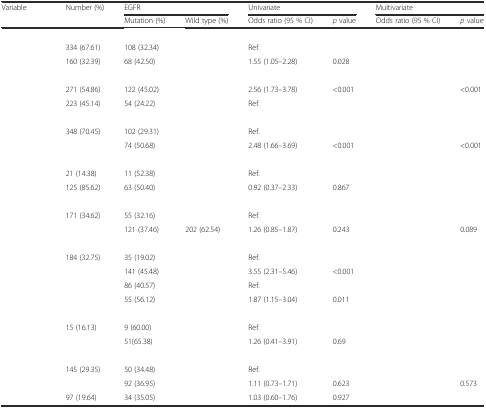
<table><thead><tr><td rowspan="2"><b>Variable</b></td><td rowspan="2"><b>Number (%)</b></td><td colspan="2"><b>EGFR</b></td><td colspan="2"><b>Univariate</b></td><td colspan="2"><b>Multivariate</b></td></tr><tr><td><b>Mutation (%)</b></td><td><b>Wild type (%)</b></td><td><b>Odds ratio (95 % CI)</b></td><td><b><i>p</i> value</b></td><td><b>Odds ratio (95 % CI)</b></td><td><b><i>p</i> value</b></td></tr></thead><tbody><tr><td colspan="8">[EMPTY_CELL]</td></tr><tr><td>[EMPTY_CELL]</td><td>334 (67.61)</td><td>108 (32.34)</td><td>[EMPTY_CELL]</td><td>Ref.</td><td>[EMPTY_CELL]</td><td>[EMPTY_CELL]</td><td>[EMPTY_CELL]</td></tr><tr><td>[EMPTY_CELL]</td><td>160 (32.39)</td><td>68 (42.50)</td><td>[EMPTY_CELL]</td><td>1.55 (1.05–2.28)</td><td>0.028</td><td>[EMPTY_CELL]</td><td>[EMPTY_CELL]</td></tr><tr><td colspan="8">[EMPTY_CELL]</td></tr><tr><td>[EMPTY_CELL]</td><td>271 (54.86)</td><td>122 (45.02)</td><td>[EMPTY_CELL]</td><td>2.56 (1.73–3.78)</td><td>&lt;0.001</td><td>[EMPTY_CELL]</td><td>&lt;0.001</td></tr><tr><td>[EMPTY_CELL]</td><td>223 (45.14)</td><td>54 (24.22)</td><td>[EMPTY_CELL]</td><td>Ref.</td><td>[EMPTY_CELL]</td><td>[EMPTY_CELL]</td><td>[EMPTY_CELL]</td></tr><tr><td colspan="8">[EMPTY_CELL]</td></tr><tr><td>[EMPTY_CELL]</td><td>348 (70.45)</td><td>102 (29.31)</td><td>[EMPTY_CELL]</td><td>Ref.</td><td>[EMPTY_CELL]</td><td>[EMPTY_CELL]</td><td>[EMPTY_CELL]</td></tr><tr><td>[EMPTY_CELL]</td><td>[EMPTY_CELL]</td><td>74 (50.68)</td><td>[EMPTY_CELL]</td><td>2.48 (1.66–3.69)</td><td>&lt;0.001</td><td>[EMPTY_CELL]</td><td>&lt;0.001</td></tr><tr><td colspan="8">[EMPTY_CELL]</td></tr><tr><td>[EMPTY_CELL]</td><td>21 (14.38)</td><td>11 (52.38)</td><td>[EMPTY_CELL]</td><td>Ref.</td><td>[EMPTY_CELL]</td><td>[EMPTY_CELL]</td><td>[EMPTY_CELL]</td></tr><tr><td>[EMPTY_CELL]</td><td>125 (85.62)</td><td>63 (50.40)</td><td>[EMPTY_CELL]</td><td>0.92 (0.37–2.33)</td><td>0.867</td><td>[EMPTY_CELL]</td><td>[EMPTY_CELL]</td></tr><tr><td colspan="8">[EMPTY_CELL]</td></tr><tr><td>[EMPTY_CELL]</td><td>171 (34.62)</td><td>55 (32.16)</td><td>[EMPTY_CELL]</td><td>Ref.</td><td>[EMPTY_CELL]</td><td>[EMPTY_CELL]</td><td>[EMPTY_CELL]</td></tr><tr><td>[EMPTY_CELL]</td><td>[EMPTY_CELL]</td><td>121 (37.46)</td><td>202 (62.54)</td><td>1.26 (0.85–1.87)</td><td>0.243</td><td>[EMPTY_CELL]</td><td>0.089</td></tr><tr><td colspan="8">[EMPTY_CELL]</td></tr><tr><td>[EMPTY_CELL]</td><td>184 (32.75)</td><td>35 (19.02)</td><td>[EMPTY_CELL]</td><td>Ref.</td><td>[EMPTY_CELL]</td><td>[EMPTY_CELL]</td><td>[EMPTY_CELL]</td></tr><tr><td>[EMPTY_CELL]</td><td>[EMPTY_CELL]</td><td>141 (45.48)</td><td>[EMPTY_CELL]</td><td>3.55 (2.31–5.46)</td><td>&lt;0.001</td><td>[EMPTY_CELL]</td><td>[EMPTY_CELL]</td></tr><tr><td>[EMPTY_CELL]</td><td>[EMPTY_CELL]</td><td>86 (40.57)</td><td>[EMPTY_CELL]</td><td>Ref.</td><td>[EMPTY_CELL]</td><td>[EMPTY_CELL]</td><td>[EMPTY_CELL]</td></tr><tr><td>[EMPTY_CELL]</td><td>[EMPTY_CELL]</td><td>55 (56.12)</td><td>[EMPTY_CELL]</td><td>1.87 (1.15–3.04)</td><td>0.011</td><td>[EMPTY_CELL]</td><td>[EMPTY_CELL]</td></tr><tr><td colspan="8">[EMPTY_CELL]</td></tr><tr><td>[EMPTY_CELL]</td><td>15 (16.13)</td><td>9 (60.00)</td><td>[EMPTY_CELL]</td><td>Ref.</td><td>[EMPTY_CELL]</td><td>[EMPTY_CELL]</td><td>[EMPTY_CELL]</td></tr><tr><td>[EMPTY_CELL]</td><td>[EMPTY_CELL]</td><td>51(65.38)</td><td>[EMPTY_CELL]</td><td>1.26 (0.41–3.91)</td><td>0.69</td><td>[EMPTY_CELL]</td><td>[EMPTY_CELL]</td></tr><tr><td colspan="8">[EMPTY_CELL]</td></tr><tr><td>[EMPTY_CELL]</td><td>145 (29.35)</td><td>50 (34.48)</td><td>[EMPTY_CELL]</td><td>Ref.</td><td>[EMPTY_CELL]</td><td>[EMPTY_CELL]</td><td>[EMPTY_CELL]</td></tr><tr><td>[EMPTY_CELL]</td><td>[EMPTY_CELL]</td><td>92 (36.95)</td><td>[EMPTY_CELL]</td><td>1.11 (0.73–1.71)</td><td>0.623</td><td>[EMPTY_CELL]</td><td>0.573</td></tr><tr><td>[EMPTY_CELL]</td><td>97 (19.64)</td><td>34 (35.05)</td><td>[EMPTY_CELL]</td><td>1.03 (0.60–1.76)</td><td>0.927</td><td>[EMPTY_CELL]</td><td>[EMPTY_CELL]</td></tr></tbody></table>